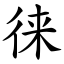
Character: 徕